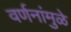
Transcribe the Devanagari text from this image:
वर्णनांमुळे